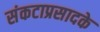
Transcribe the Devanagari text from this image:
संकटाप्रसादके